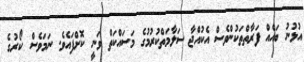
އުޅުނު ބައެއް ފަރާތްތަކުންވެސް އެކުއްޖާ ސަލާމަތްކުރުމުގެ މަސައްކަތް ވަނީ ކޮށްފައެވެ. ނަމަވެސް ކޯރުގެ